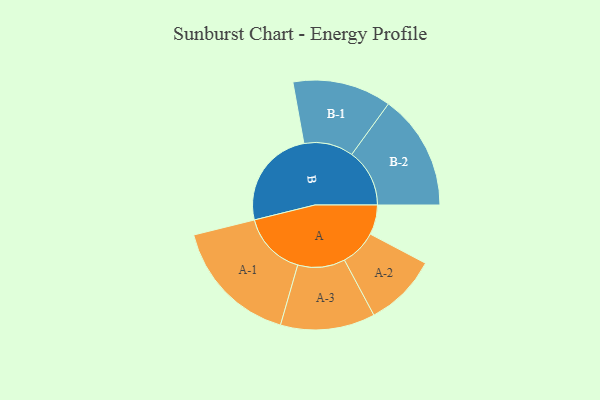
{"axis": {"x": "Segment", "y": "Value"}, "legend": ["", "A", "B"], "data": [{"x": "A", "y": 110, "type": ""}, {"x": "B", "y": 371, "type": ""}, {"x": "A-1", "y": 238, "type": "A"}, {"x": "A-2", "y": 135, "type": "A"}, {"x": "A-3", "y": 175, "type": "A"}, {"x": "B-1", "y": 183, "type": "B"}, {"x": "B-2", "y": 214, "type": "B"}]}